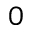
_ 0